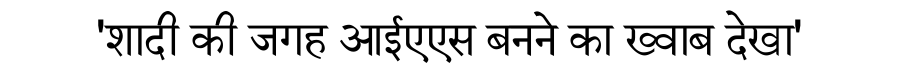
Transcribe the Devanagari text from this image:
'शादी की जगह आईएएस बनने का ख्वाब देखा'